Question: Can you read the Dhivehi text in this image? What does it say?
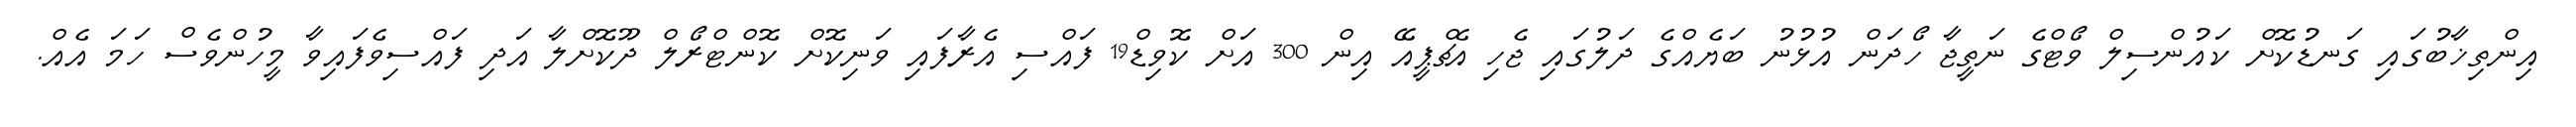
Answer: އިންތިޚާބުގައި ގަނޑުކޮށް ކައުންސިލް ވޯޓްގެ ނަތީޖާ ހޯދަން އުޅުނު ބަޔެއްގެ ދަލުގައި ޖެހި އެޗްޕީއޭ އިން 300 އަށް ކޮވިޑް19 ފައްސި އެރާފައި ވަނިކޮށް ކޮންޓްރޯލް ދޫކޮށްލާ އަދި ފައްސިވެފައިވާ މީހުންވެސް ހަމަ އެއް.